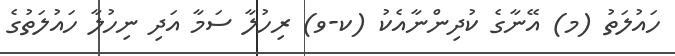
ހައުލަތު (މ) އޭނާގެ ކުދިންނާއެކު (ކ-ވ) ރިހުލާ ސަމާ އަދި ނިހުލާ ހައުލަތުގެ